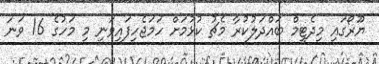
ޔޫރޯގައި މިދެޓީމް ބައްދަލުކުރާ މެޗު ކުޅުމަށް ހަމަޖެހިފައިވަނީ މި މަހުގެ 16 ވަނަ